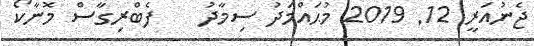
ޖެނުއަރީ 12